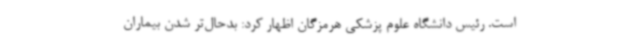
است. رئیس دانشگاه علوم پزشکی هرمزگان اظهار کرد: بدحال‌تر شدن بیماران